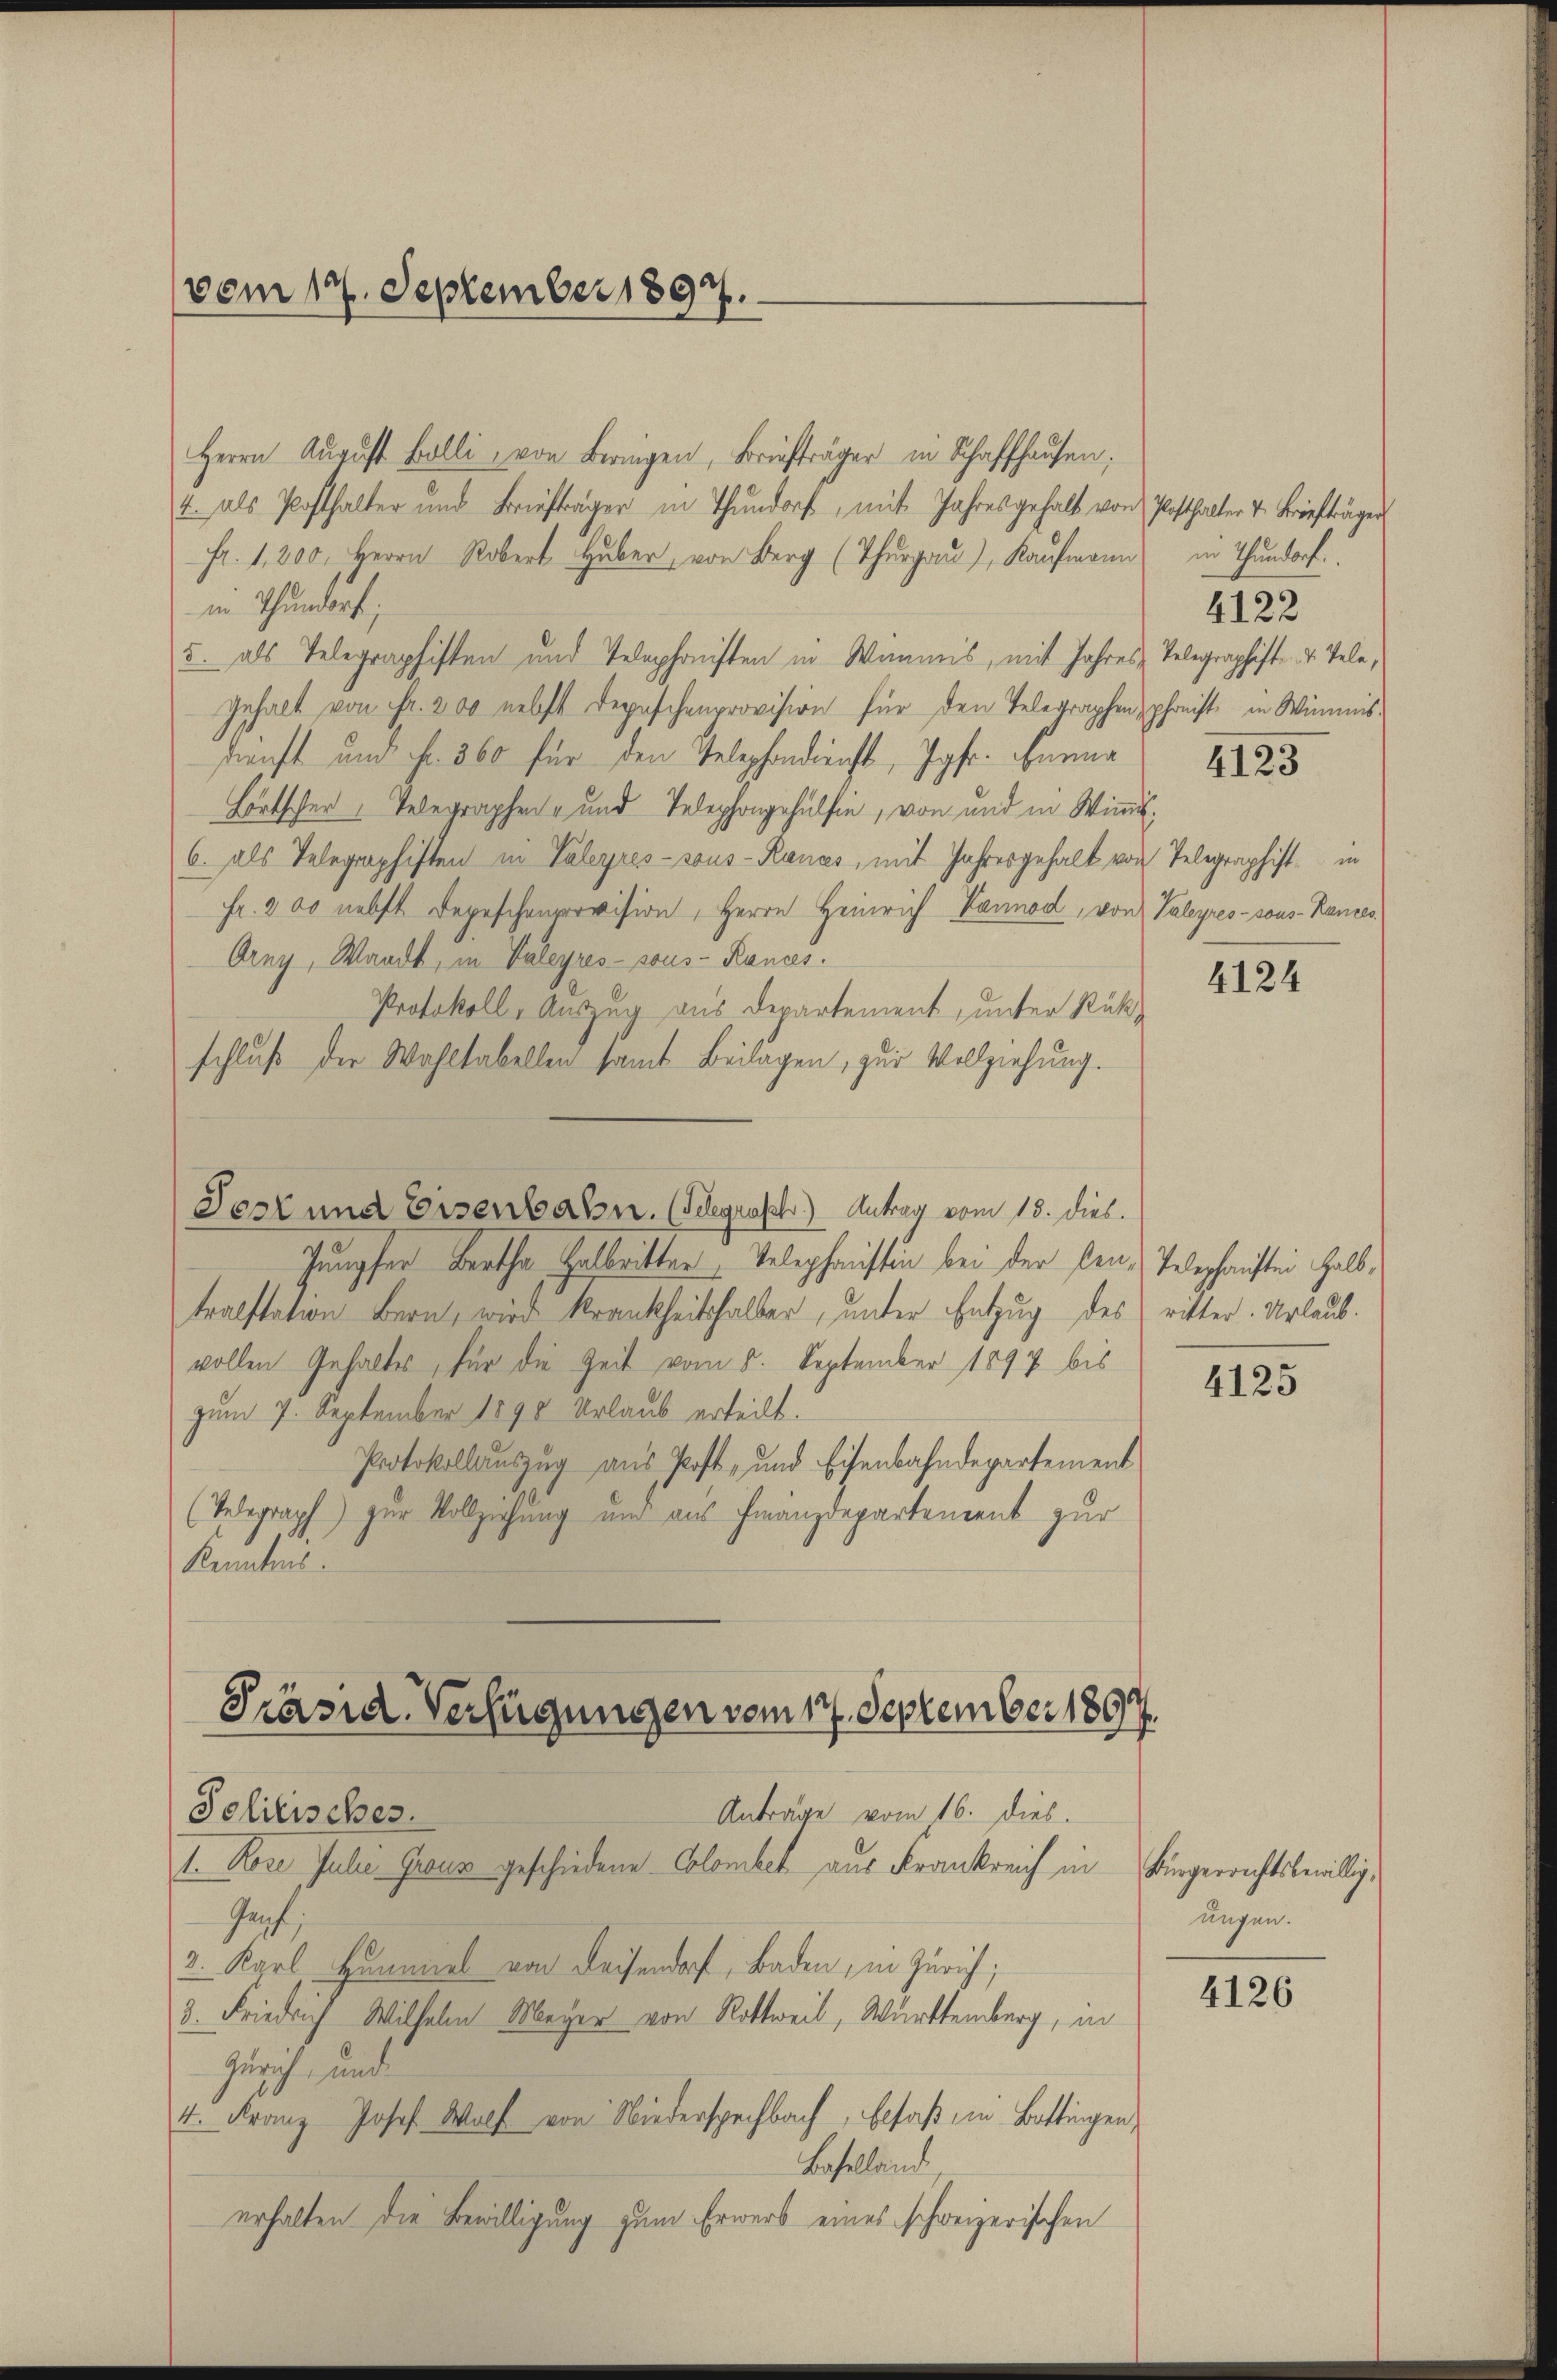
vom 17. September 1897.

Herrn Aŭgŭst Balli, von Beringen, Briefträger in Schaffhausen;
4. als Posthalter und Briefträger in Thundorf, mit Jahresgehalt von Posthalter 4. Briefträger
Fr. 1200. Herrn Robert Huber, von Berg (Thurgau), Kaŭfmann in Thundorf.
in Thundorf;
5. als Telegraphisten und Telephonisten in Wannes, mit Jahres Telegraphist. v. Tele,
Gehalt von Fr. 200 nebst Depeschenprovision für den Telegraphen, preist in Wimmis-
kunft und Fr. 360 für den Telephondurft, Jgfr. Bannr
Lortscher Telegraphen- und Telephongehülfen, von und in Wimme
6. als Telegraphiften in Valeyres sous-Rances, mit Jahresgehalt von Telegraphist in
Fr. 200 nebst Depeschenprovision, Herrn Heinrich, Vannod, von Valeyres-sous-Kanzes
Orny, Waadt, in Valeyres sous-Rances.
Protokoll, Auszug aus Departement, unter Rück
schluß der Wahltabellen samt Beilagen, zur Vollziehung.
Post und Eisenbahn. (Seegrasch) Antrag vom 18. dies
Jungfer Bartha Halbritter, Telephansten bei der sen. Webeschauften halbtralstation Bern, wird krankheitshalber, unter Entzug des ritter. Urlaubvollen Gehaltes, für die Zeit vom 5. September 1897 bis
4125
zum 7. September 1890 Urlaub erteilt.
Protokollauszug aus Post- und Eisenbahndepartement
(Telegraph zur Vollziehung und aus Finanzdepartement zur
Kenntnis.

Präsid. Verfügungen vom 17. September 1897.

Anträge vom 16. dies.
Politisches.
1. Kore Julie Graus geschiedene Colombet aus Frankreich in Bürgerrechtsbewillig,
Joch
2. Karl Hammel von Deisendorf, Baden, in Zürich;
2. Friedrich Wilhelm Meyer von Rottweil, Württemberg, in
Zürich, und
4. Franz Josef Wolf von Niederspechbach, Elsaß, in Bottingen,
Baselland
erhalten die Bewilligung zum Erwerb eines schweizerischen

4122

4124

ungen.

4126